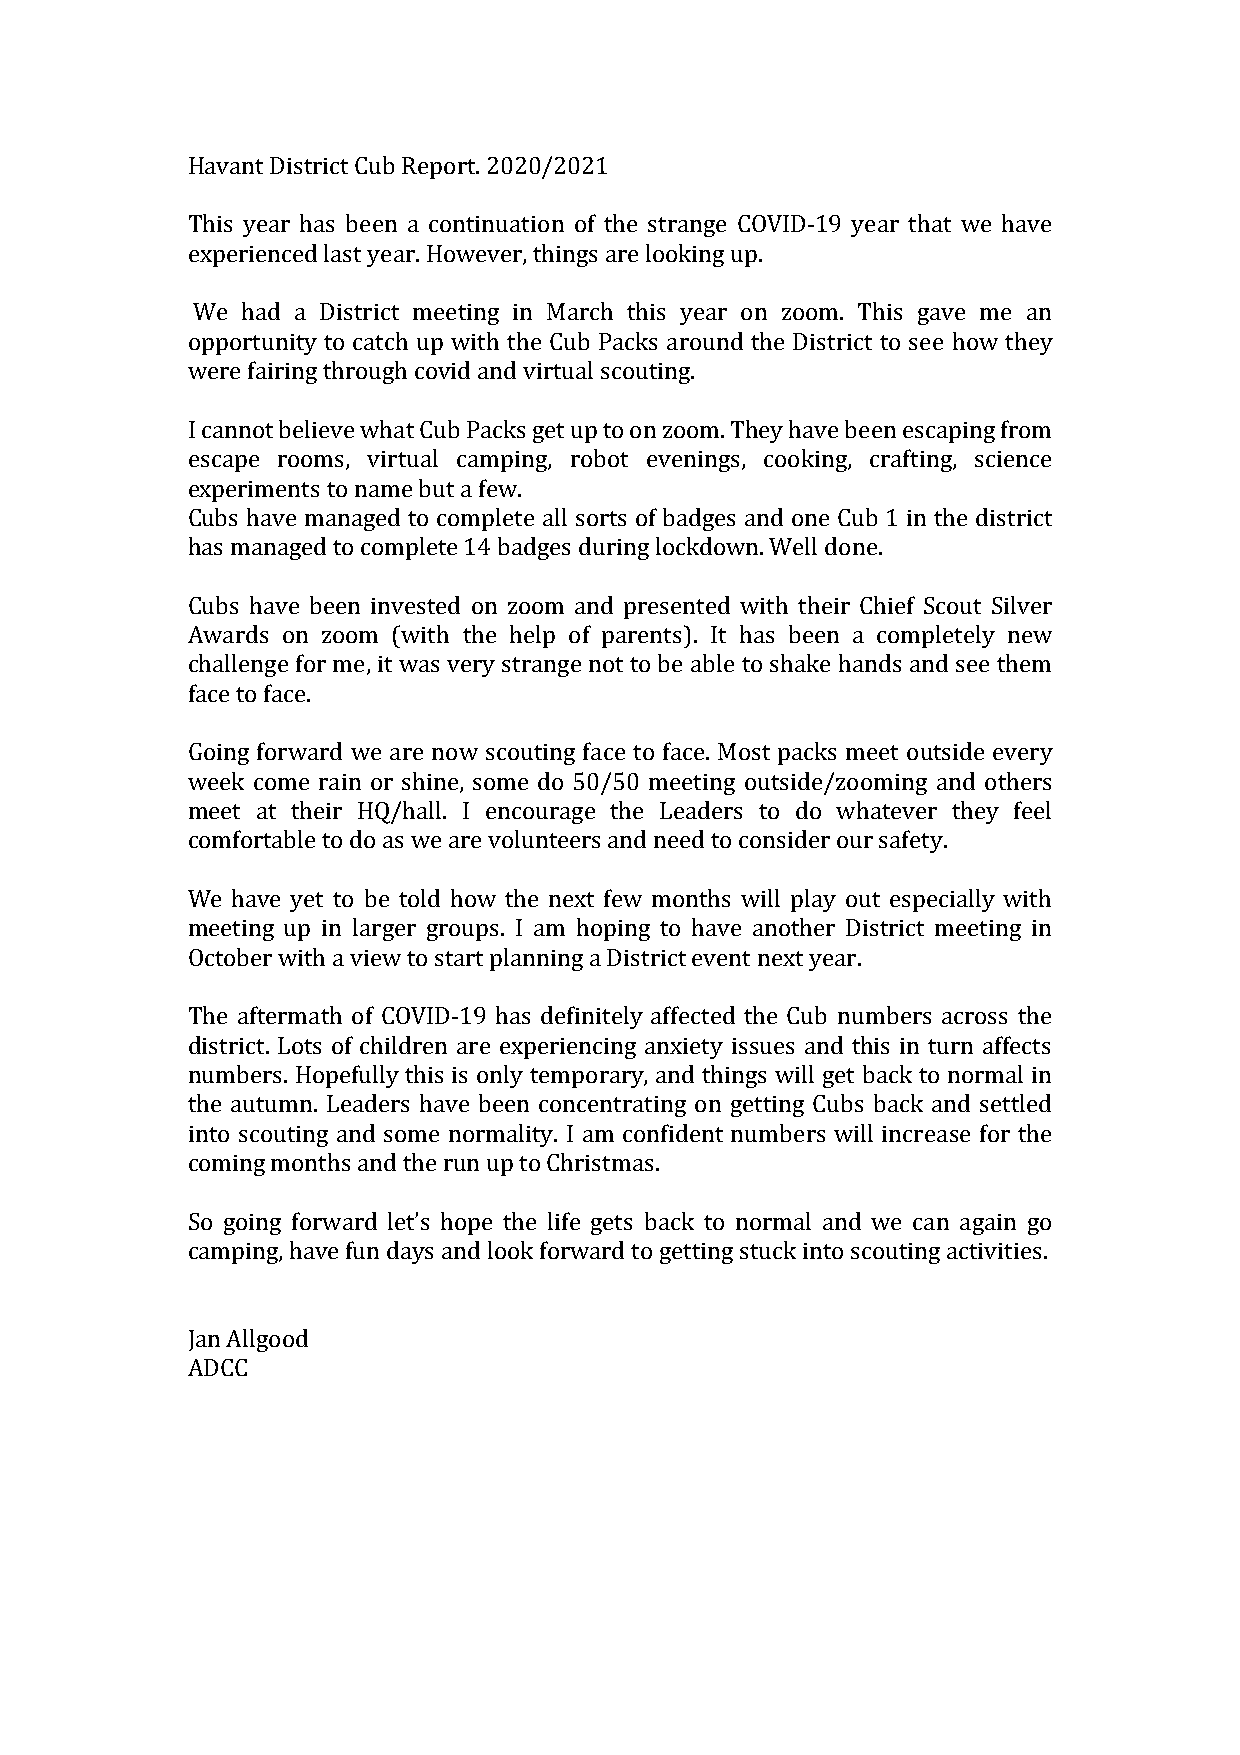
Havant District Cub Report. 2020/2021
 This year has been a continuation of the strange COVID-19 year that we have
 experienced last year. However, things are looking up.
 We had a District meeting in March this year on zoom. This gave me an
 opportunity to catch up with the Cub Packs around the District to see how they
 were fairing through covid and virtual scouting.
 I cannot believe what Cub Packs get up to on zoom. They have been escaping from
 escape rooms, virtual camping, robot evenings, cooking, crafting, science
 experiments to name but a few.
 Cubs have managed to complete all sorts of badges and one Cub 1 in the district
 has managed to complete 14 badges during lockdown. Well done.
 Cubs have been invested on zoom and presented with their Chief Scout Silver
 Awards on zoom (with the help of parents). It has been a completely new
 challenge for me, it was very strange not to be able to shake hands and see them
 face to face.
 Going forward we are now scouting face to face. Most packs meet outside every
 week come rain or shine, some do 50/50 meeting outside/zooming and others
 meet at their HQ/hall. I encourage the Leaders to do whatever they feel
 comfortable to do as we are volunteers and need to consider our safety.
 We have yet to be told how the next few months will play out especially with
 meeting up in larger groups. I am hoping to have another District meeting in
 October with a view to start planning a District event next year.
 The aftermath of COVID-19 has definitely affected the Cub numbers across the
 district. Lots of children are experiencing anxiety issues and this in turn affects
 numbers. Hopefully this is only temporary, and things will get back to normal in
 the autumn. Leaders have been concentrating on getting Cubs back and settled
 into scouting and some normality. I am confident numbers will increase for the
 coming months and the run up to Christmas.
 So going forward let’s hope the life gets back to normal and we can again go
 camping, have fun days and look forward to getting stuck into scouting activities.
 Jan Allgood
 ADCC